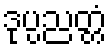
ဒုပ္ပညတ္တံ